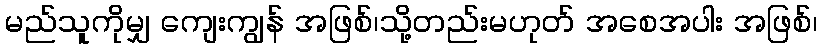
မည်သူကိုမျှ ကျေးကျွန် အဖြစ်၊သို့တည်းမဟုတ် အစေအပါး အဖြစ်၊